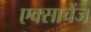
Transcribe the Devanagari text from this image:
एक्साचेंज